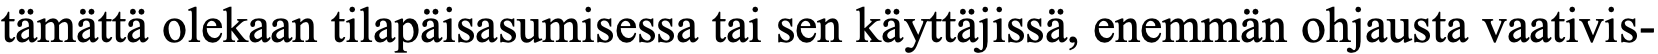
tämättä olekaan tilapäisasumisessa tai sen käyttäjissä, enemmän ohjausta vaativis-